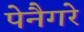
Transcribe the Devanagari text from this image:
पेनैगरे